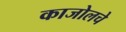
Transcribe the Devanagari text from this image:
काजोलचे